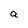
Character: a